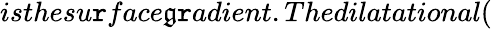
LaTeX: isthesu\mathtt{r}face\mathfrak{g}\mathtt{r}adient.Thedilatational(